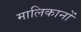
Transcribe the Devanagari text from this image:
मालिकानों